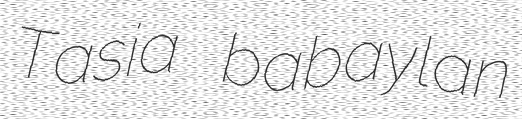
Tasia babaylan